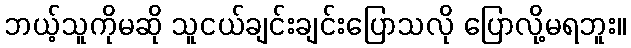
ဘယ့်သူကိုမဆို သူငယ်ချင်းချင်းပြောသလို ပြောလို့မရဘူး။